Indian Medical Review
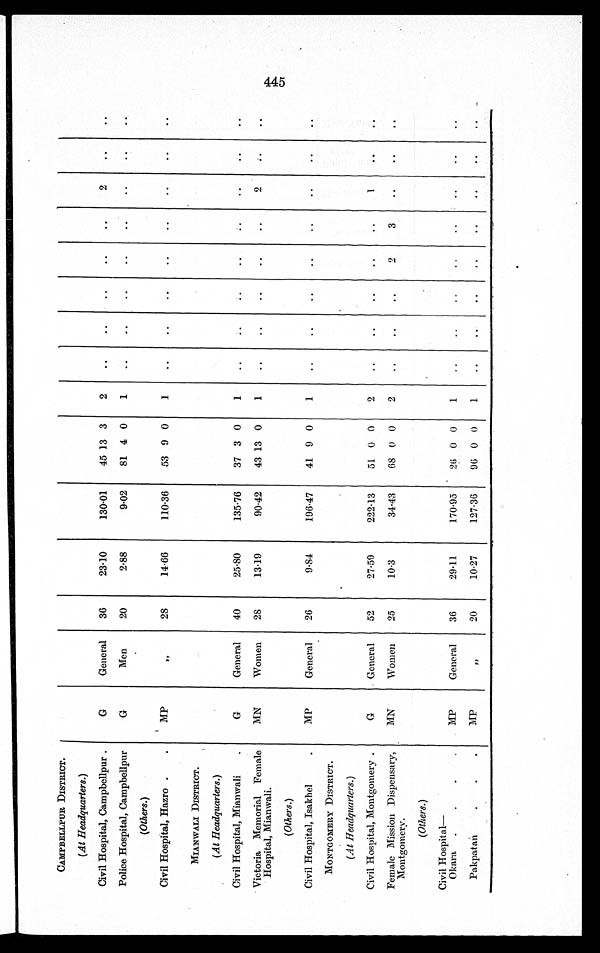
CAMPBELLPUR DISTRICT.
(At Headquarters.)
Civil Hospital, Campbellpur
Police Hospital, Campbellpur
(Others.)
Civil Hospital, Hazro .
MIANWALI DISTRICT.
(At Headquarters.)
Civil Hospital, Mianwali
.
Victoria Memorial Female
Hospital, Mianwali.
(Others.)
Civil Hospital, Isakhel
MONT° OMERY DISTRICT.
(At Headquarters.)
Civil Hospital, Montgomery .
Female Mission Dispensary,
Montgomery.
(Others.)
Civil Hospital-
Okara
.
Pakpatan
G
G
MP
G
MN
MP
G
MN
MP
MP
General
Men
General
Women
General.
General
Women
General
36
20
40
28
26
52
25
36
20
23-10
2 . 88
14.66
25.80
13.19
9.84
27.59
10.3
29.11
10-27
130.01
9-02
110.36
135.76
90.42
196.47
222.13
34.4.3
170.95
127.36
45 13 3
81 4 0
53 9 0
37 3 0
43 13 0
41 9 0
51. 0 0
68 0 0
2(3 0 0
9(i 0 0
2
1
1
1
1
2
2
1
2
3
2
9
FP
4=-
cyt